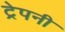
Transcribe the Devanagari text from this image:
ट्रेपनी